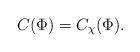
LaTeX: \begin{align*}C(\Phi )=C_{\chi }(\Phi ). \end{align*}